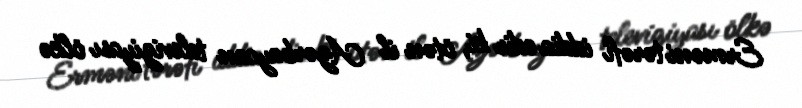
Erməni tərəfi iddia edir ki, ötən il Azərbaycan televiziyası ölkə